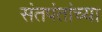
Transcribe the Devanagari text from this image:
संतपंतांच्या